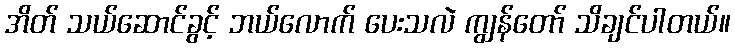
အိတ် သယ်ဆောင်ခွင့် ဘယ်လောက် ပေးသလဲ ကျွန်တော် သိချင်ပါတယ်။